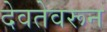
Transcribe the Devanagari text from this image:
देवतेवरून